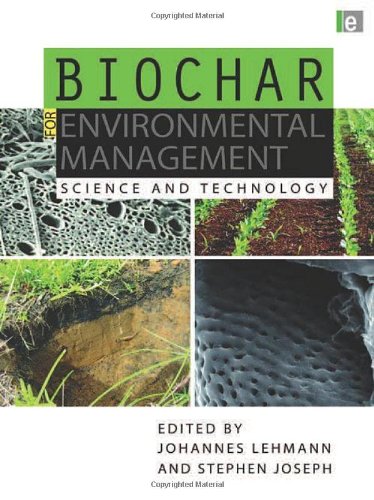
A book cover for Biochar for Environmental Management: Science and Technology; Science & Math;